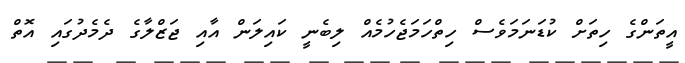
އީތަންގެ ހިތަށް ކުޑަނަމަވެސް ހިތްހަމަޖެހުމެއް ލިބެނީ ކައިލަން އާއި ޖަޒްލާގެ ދެމެދުގައި އޮތް